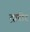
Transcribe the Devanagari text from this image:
द्रारीर